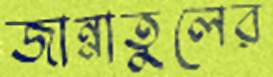
জান্নাতুলের